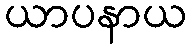
ယာပနာယ